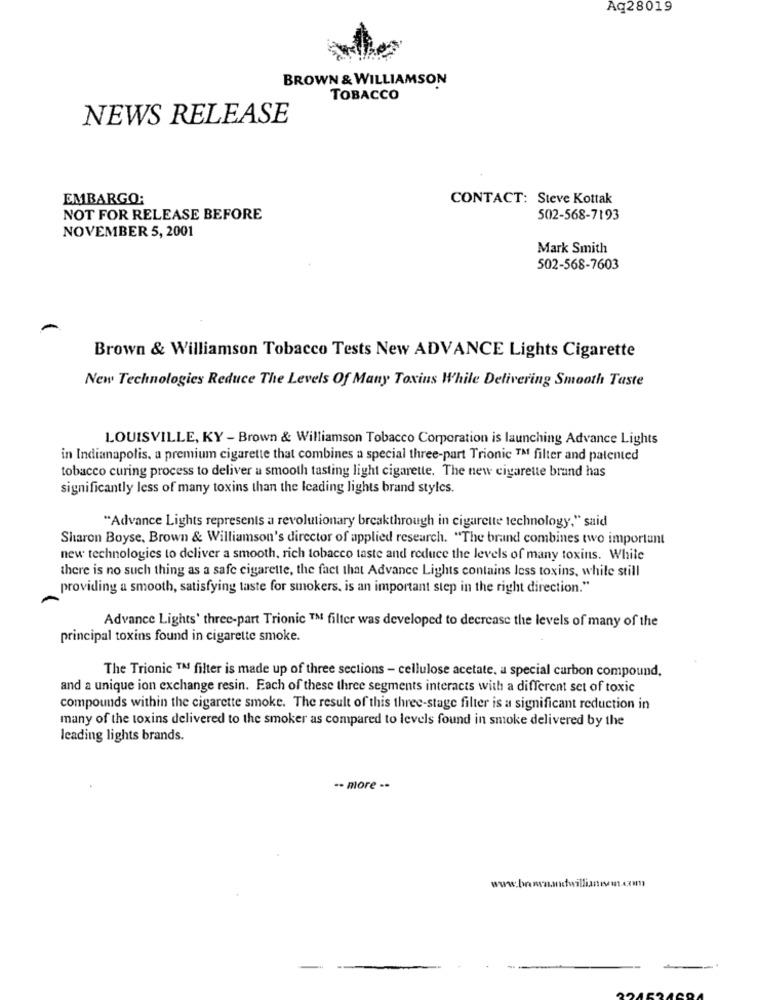
Aq28019
BROWN & WILLIAMSON
TOBACCO
NEWS RELEASE
EMBARGO;
CONTACT: Steve Kottak
NOT FOR RELEASE BEFORE
502-568-7193
NOVEMBER 5, 2001
Mark Smith
502-568-7603
Brown & Williamson Tobacco Tests New ADVANCE Lights Cigarette
New Technologies Reduce The Levels Of Many Toxins While Delivering Smooth Taste
LOUISVILLE, KY - Brown & Williamson Tobacco Corporation is launching Advance Lights
in Indianapolis, a premium cigarette that combines a special three-part Trionic ™ filter and patented
tobacco curing process to deliver a smooth tasting light cigarette. The new cigarette brand has
significantly less of many toxins than the Icading lights brand styles.
"Advance Lights represents a revolutionary breakthrough in cigarette technology," said
Sharon Boyse, Brown & Williamson's director of applied research. "The brand combines two important
new technologies to deliver a smooth, rich tobacco taste and reduce the levels of many toxins. While
there is no such thing as a safe cigarette, the fact that Advance Lights contains less toxins, while still
providing a smooth, satisfying taste for smokers, is an important step in the right direction."
Advance Lights' three-part Trionic ™ filter was developed to decrease the levels of many of the
principal toxins found in cigarette smoke.
The Trionic ™ filter is made up of three sections - cellulose acetate. a special carbon compound,
and a unique ion exchange resin. Each of these three segments interacts with a different set of toxic
compounds within the cigarette smoke. The result of this three-stage filter is a significant reduction in
many of the toxins delivered to the smoker as compared to levels found in smoke delivered by the
leading lights brands.
·· more --